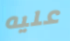
عليه